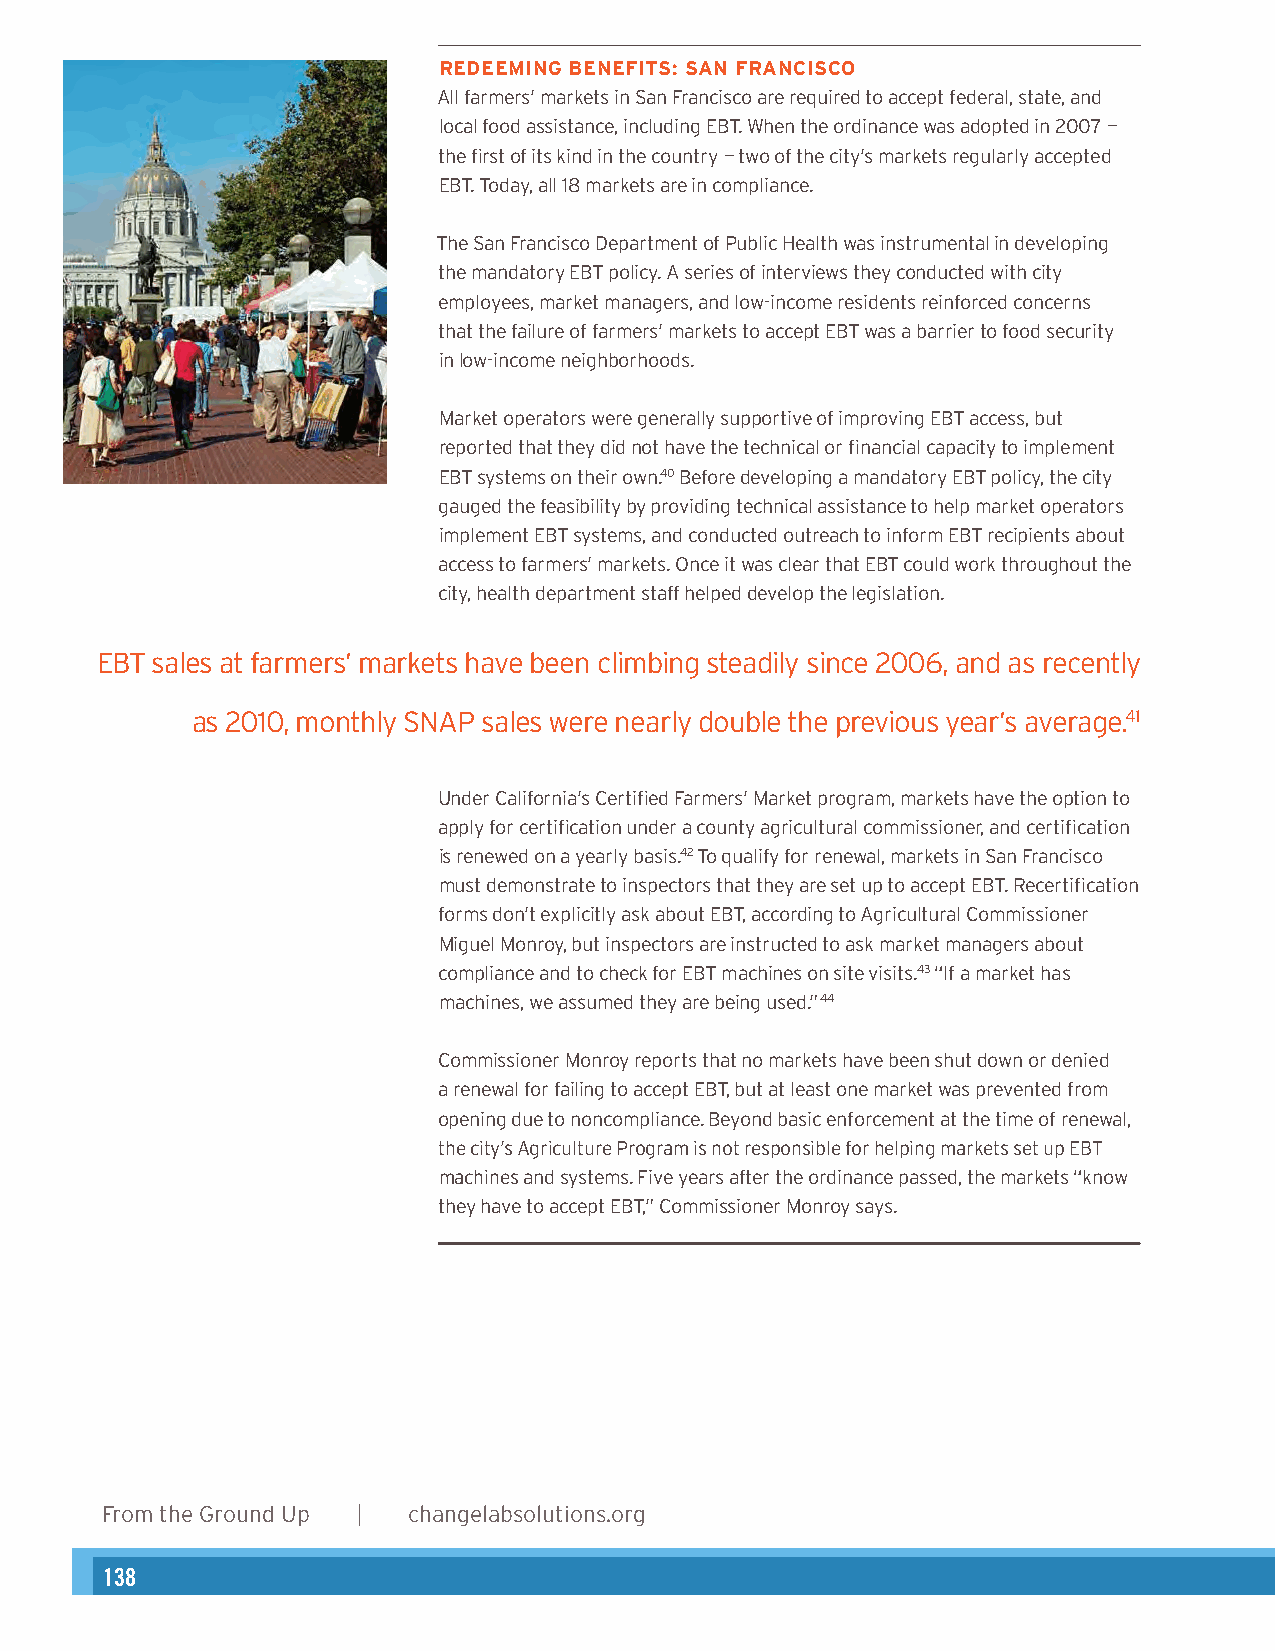
REDEEMING BENEFITS: SAN FRANCISCO
 Authors
 All farmers’ markets in San Francisco are required to accept federal, state, and
 Hloecaatl hfoeord W asosoisttaennc,e M, inCcPlu, dSinegn EioBrT . PWlahennn tehre &or Pdirnoangcrea mwa sD airdeocptteodr in 2007 –
 the first of its kind in the country – two of the city’s markets regularly accepted
 Amy Ackerman, JD, Consulting Attorney
 EBT. Today, all 18 markets are in compliance.
 The San Francisco Department of Public Health was instrumental in developing
 Acknowledgements
 the mandatory EBT policy. A series of interviews they conducted with city
 Angela Hadwin, MCP, Healthy Planning Fellow
 employees, market managers, and low-income residents reinforced concerns
 that the failure of farmers’ markets to accept EBT was a barrier to food security
 in low-income neighborhoods.
 Graphic Design
 Karen Parry | Black Graphics
 Market operators were generally supportive of improving EBT access, but
 reported that they did not have the technical or financial capacity to implement
 EBT systems on their own.40 Before developing a mandatory EBT policy, the city
 Photos
 gauged the feasibility by providing technical assistance to help market operators
 Kimarpelenm Peantr rEyB T(p saysgteems s4, ,a n18d ,c aonnddu 2ct6ed), oLuytdreiaac Dh aton iinllfeorrm (p EaBgT eresc 6ip,i e16nt,s 2 a3b,o 3ut0 , and 35), and
 access to farmers’ markets. Once it was clear that EBT could work throughout the
 FlickrCreative Commons: Anuj Biyani (page 10), muffet (page 12), John Loo (page 14),
 city, health department staff helped develop the legislation.
 andalexander.steed (page 15).
 EBT sales at farmers’ markets have been climbing steadily since 2006, and as recently
 as 2010, monthly SNAP sales were nearly double the previous year’s average.41
 Under California’s Certified Farmers’ Market program, markets have the option to
 apply for certification under a county agricultural commissioner, and certification
 is renewed on a yearly basis.42 To qualify for renewal, markets in San Francisco
 must demonstrate to inspectors that they are set up to accept EBT. Recertification
 forms don’t explicitly ask about EBT, according to Agricultural Commissioner
 Miguel Monroy, but inspectors are instructed to ask market managers about
 compliance and to check for EBT machines on site visits.43 “If a market has
 machines, we assumed they are being used.”44
 Commissioner Monroy reports that no markets have been shut down or denied
 a renewal for failing to accept EBT, but at least one market was prevented from
 opening due to noncompliance. Beyond basic enforcement at the time of renewal,
 the city’s Agriculture Program is not responsible for helping markets set up EBT
 machines and systems. Five years after the ordinance passed, the markets “know
 they have to accept EBT,” Commissioner Monroy says.
 2      From the Ground Up | changelabsolutions.org
 14    From the Ground Up | changelabsolutions.org
 138                                                                                                                                                      139